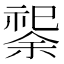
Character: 𫀟